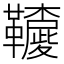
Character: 𩍳